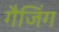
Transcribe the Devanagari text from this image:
गैजिंग